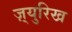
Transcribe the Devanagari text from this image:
ज़्युरिख